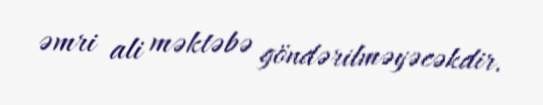
əmri ali məktəbə göndərilməyəcəkdir.